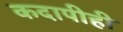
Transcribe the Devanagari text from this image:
कदापीही